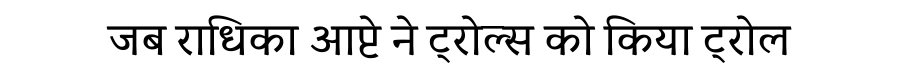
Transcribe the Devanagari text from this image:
जब राधिका आप्टे ने ट्रोल्स को किया ट्रोल